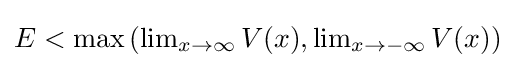
{\textstyle E<\max {\left(\lim _{x\to \infty }{V(x)},\lim _{x\to -\infty }{V(x)}\right)}}